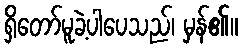
ရှိတော်မူခဲ့ပါပေသည်၊ မှန်၏။